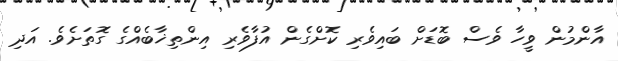
އާންމުން ވީހާ ވެސް ބޮޑަށް ބައިވެރި ކޮށްގެން އުފާވެރި އިންތިޚާބެއްގެ ގޮތަށެވެ. އަދި